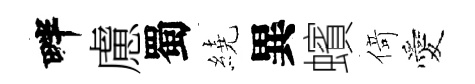
畔慮蜀繞異蠙𠋣愛